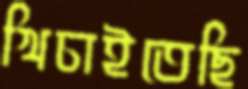
খিচাইতেছি